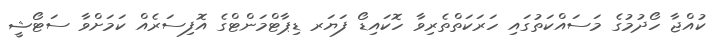
ކުއްޖާ ހޯދުމުގެ މަސައްކަތުގައި ހަރަކަތްތެރިވާ ހޮކައިޑޯ ފަޔަރ ޑިޕާޓްމަންޓްގެ އޮފިސަރެއް ކަމަށްވާ ސަޓޯޝީ